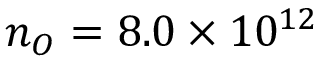
n _ { O } = 8 . 0 \times 1 0 ^ { 1 2 }